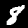
Label: 8